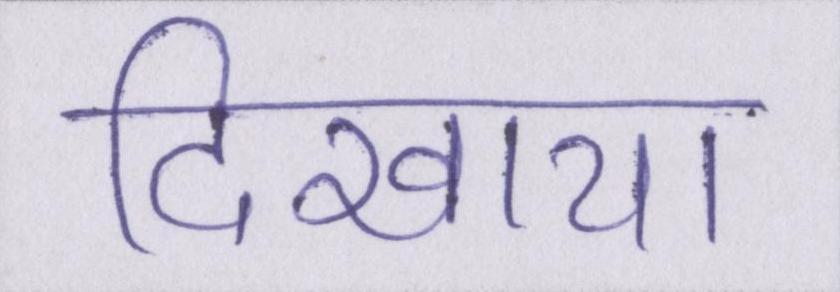
दिखाया